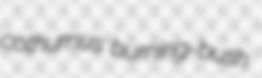
cothurnus burning-bush